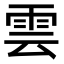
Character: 雲